Annual report on the lock hospitals of the Madras Presidency
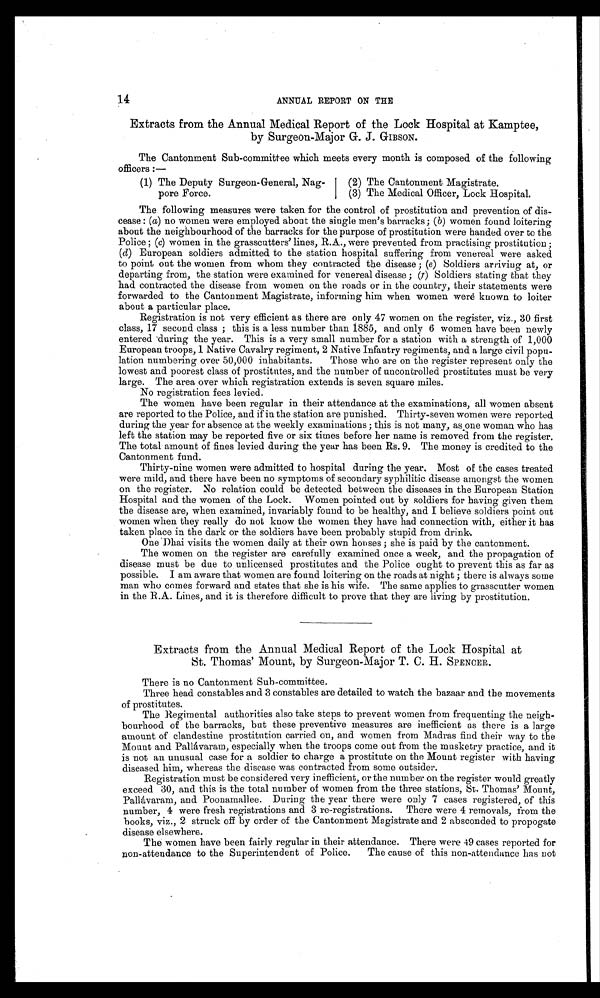
14
ANNUAL REPORT ON THE
Extracts from the Annual Medical Report of the Lock Hospital at Kamptee,
by Surgeon-Major G. J. GIBSON.
The Cantonment Sub-committee which meets every month is composed of the following
officers :—
(1) The Deputy Surgeon-General, Nag-
pore Force.
(2) The Cantonment Magistrate.
(3) The Medical Officer, Lock Hospital.
The following measures were taken for the control of prostitution and prevention of dis-
cease : (a) no women were employed about the single men's barracks; ( b) women found loitering
about the neighbourhood of the barracks for the purpose of prostitution were handed over to the
Police; (c ) w o m e n i n t h e g r a s s c u t t e r s ' l i n e s , R . A . , w e r e p r e v e n t e d f r o m p r a c t i s i n g p r o s t i t u t i o n ;
(d) European soldiers admitted to the station hospital suffering from venereal were asked
to point out the women from whom they contracted the disease ; ( e) Soldiers arriving at, or
departing from, the station were examined for venereal disease ; (f) Soldiers stating that they
had contracted the disease from women on the roads or in the country, their statements were
forwarded to the Cantonment Magistrate, informing him when women were known to loiter
about a particular place.
Registration is not very efficient as there are only 47 women on the register, viz., 30 first
class, 17 second class ; this is a less number than 1885, and only 6 women have been newly
entered during the year. This is a very small number for a station with a strength of 1,000
European troops, 1 Native Cavalry regiment, 2 Native Infantry regiments, and a large civil popu-
lation numbering over 50,000 inhabitants. Those who are on the register represent only the
lowest and poorest class of prostitutes, and the number of uncontrolled prostitutes must be very
large. The area over which registration extends is seven square miles.
No registration fees levied.
The women have been regular in their attendance at the examinations, all women absent
are reported to the Police, and if in the station are punished. Thirty-seven women were reported
during the year for absence at the weekly examinations ; this is not many, as one woman who has
left the station may be reported five or six times before her name is removed from the register.
The total amount of fines levied during the year has been Rs. 9. The money is credited to the
Cantonment fund.
Thirty-nine women were admitted to hospital during the year. Most of the cases treated
were mild, and there have been no symptoms of secondary syphilitic disease amongst the women
on the register. No relation could be detected between the diseases in the European Station
Hospital and the women of the Lock. Women pointed out by soldiers for having given them
the disease are, when examined, invariably found to be healthy, and I believe soldiers point out
women when they really do not know the women they have had connection with, either it has
taken place in the dark or the soldiers have been probably stupid from drink.
One Dhai visits the women daily at their own houses ; she is paid by the cantonment.
The women on the register are carefully examined once a week, and the propagation of
disease must be due to unlicensed prostitutes and the Police ought to prevent this as far as
possible. I am aware that women are found loitering on the roads at night ; there is always some
man who comes forward and states that she is his wife. The same applies to grasscutter women
in the R.A. Lines, and it is therefore difficult to prove that they are living by prostitution.
Extracts from the Annual Medical Report of the Lock Hospital at
St. Thomas' Mount, by Surgeon-Major T. C. H. SPENCER.
There is no Cantonment Sub-committee.
Three head constables and 3 constables are detailed to watch the bazaar and the movements
of prostitutes.
The Regimental authorities also take steps to prevent women from frequenting the neigh-
bourhood of the barracks, but these preventive measures are inefficient as there is a large
amount of clandestine prostitution carried on, and women from Madras find their way to the
Mount and Pallávaram, especially when the troops come out from the musketry practice, and it
is not an unusual case for a soldier to charge a prostitute on the Mount register with having
diseased him, whereas the disease was contracted from some outsider.
Registration must be considered very inefficient, or the number on the register would greatly
exceed 30, and this is the total number of women from the three stations, St. Thomas' Mount,
Pallávaram, and Poonamallee. During the year there were only 7 cases registered, of this
number, 4 were fresh registrations and 3 re-registrations. There were 4 removals, from the
books, viz., 2 struck off by order of the Cantonment Magistrate and 2 absconded to propogate
disease elsewhere.
The women have been fairly regular in their attendance. There were 49 cases reported for
non-attendance to the Superintendent of Police. The cause of this non-attendance has not